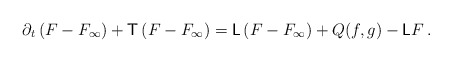
\begin{align*} \partial_t\left(F-F_\infty\right) + \mathsf{T} \left(F-F_\infty\right) = \mathsf{L} \left(F-F_\infty\right)+Q(f,g)-\mathsf{L}F\, .\end{align*}